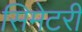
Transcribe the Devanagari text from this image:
सिमेटरी